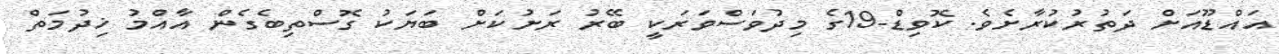
އައްޑޫއަށް ދަތުރުކުރާށެވެ. ކޮވިޑް-19ގެ މިދުވަސްވަރަކީ ބޭރު ރަށުކަށް ބަޔަކު ގޮސްތިބެގެން އާއްމު ޚިދުމަތް